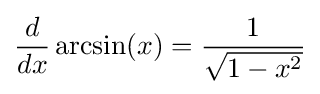
{\frac {d}{dx}}\arcsin(x)={\frac {1}{\sqrt {1-x^{2}}}}